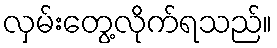
လှမ်းတွေ့လိုက်ရသည်။